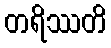
တရိဿတိ